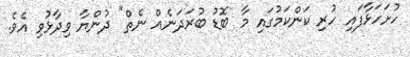
ހުށަހަޅާފައި ހުރި ކަންކަމުގައި މާ ބޮޑު ބުރަދަނެއް ނެތް" ދުންޔާ ވިދާޅުވި އެވެ.